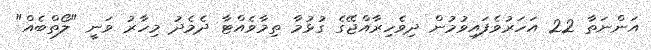
އަންނަތާ 22 އަހަރުވެފައިވުމުން ދިވެހިރާއްޖޭގެ ގުޅުމާ ތިމާވެއްޓާ ދެމެދު މިހާރު ވަނީ "ލޯތްބެއް"